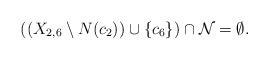
LaTeX: \begin{align*}\mbox{$((X_{2,6}\setminus N(c_2))\cup\{c_6\})\cap {\cal N}=\emptyset$.}\end{align*}